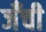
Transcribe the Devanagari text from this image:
जँची